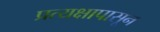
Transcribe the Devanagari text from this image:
प्रत्यक्षापासून